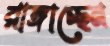
রাঙ্গাচ্ছেন